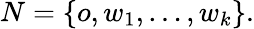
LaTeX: N=\{ o,w_{1},\ldots,w_{k}\} .